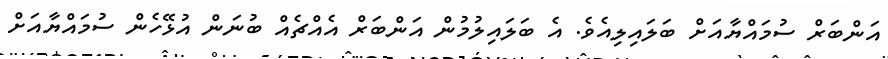
އަންބަރް ސުމައްޔާއަށް ބަލައިލިއެވެ. އެ ބަލައިލުމުން އަންބަރް އެއްޗެއް ބުނަން އުޅޭހެން ސުމައްޔާއަށް